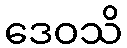
ဒေဝသိ